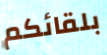
بلقائكم